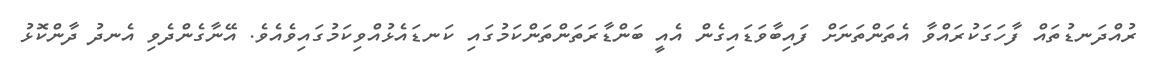
ރުއްދަނޑުތައް ފާހަގަކުރައްވާ އެތަންތަނަށް ފައިބާވަޑައިގެން އެއީ ބަންޑާރަތަންތަންކަމުގައި ކަނޑައެޅުއްވިކަމުގައިވެއެވެ. އޭނާގެންދެވި އެނދު ދާންކޮޅު